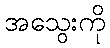
အသွေးကို